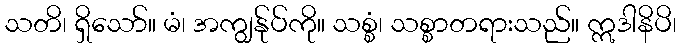
သတိ၊ ရှိသော်။ မံ၊ အကျွန်ုပ်ကို။ သစ္စံ၊ သစ္စာတရားသည်။ ဣဒါနိပိ၊